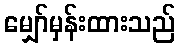
မျှော်မှန်းထားသည်